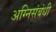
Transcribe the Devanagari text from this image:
अग्निसंबंधी